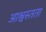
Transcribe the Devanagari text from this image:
आश्वस्तता